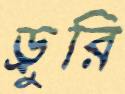
ড্রুরি